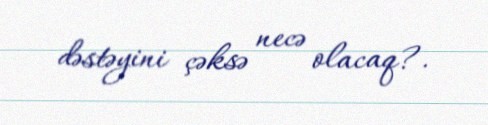
dəstəyini çəksə necə olacaq?.